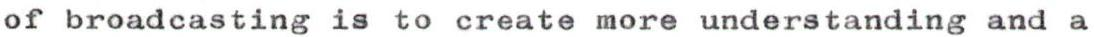
of broadcasting is to create more understanding and a